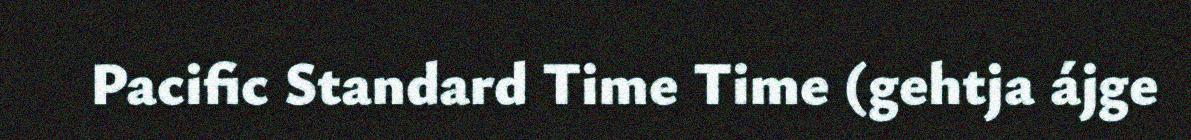
Pacific Standard Time Time (gehtja ájge